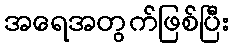
အရေအတွက်ဖြစ်ပြီး